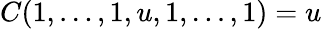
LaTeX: C(1,\dots,1,u,1,\dots,1)=u